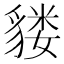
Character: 𫎌